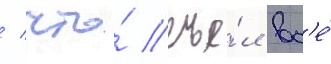
/ что́ съе́л вс'е́